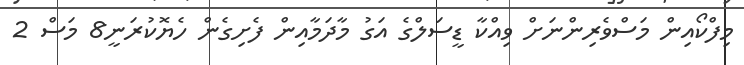
މިފްކޯއިން މަސްވެރިންނަށް ވިއްކާ ޑީސަލްގެ އަގު މާދަމާއިން ފެށިގެން ހެޔޮކުރަނީ8 މަސް 2